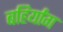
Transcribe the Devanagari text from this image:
बहिर्यांग